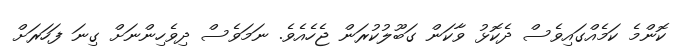
ކޮންމެ ކަމެއްގައިވެސް ދެކޮޅު ވާކަން ގަބޫލުކުރަން ޖެހެއެވެ. ނަމަވެސް ދިވެހިންނަށް ގިނަ ފަހަރަށް